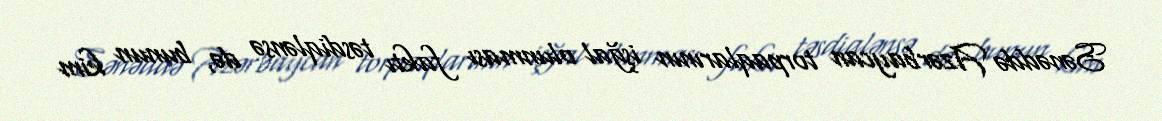
Sənəddə Azərbaycan torpaqlarının işğal olunması faktı təsdiqlənsə də, bunun kim